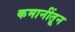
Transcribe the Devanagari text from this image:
कमानींतून